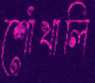
শোঁখালি